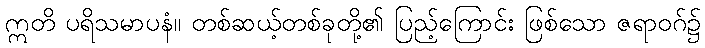
ဣတိ ပရိသမာပနံ။ တစ်ဆယ့်တစ်ခုတို့၏ ပြည့်ကြောင်း ဖြစ်သော ဇရာဝဂ်၌